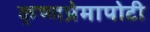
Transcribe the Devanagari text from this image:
कृष्णप्रेमापोटी